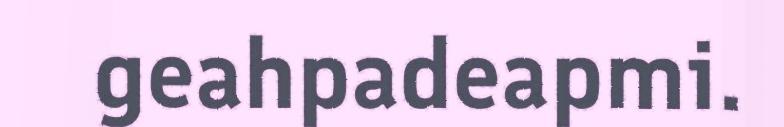
geahpadeapmi.